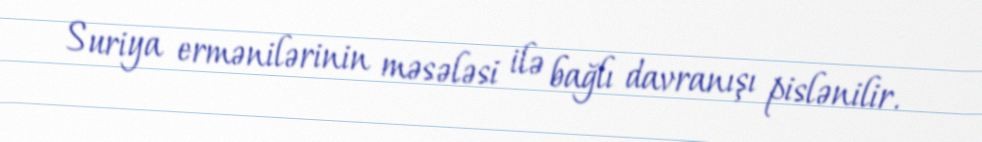
Suriya ermənilərinin məsələsi ilə bağlı davranışı pislənilir.